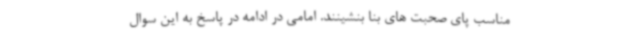
مناسب پای صحبت های بنا بنشینند. امامی در ادامه در پاسخ به این سوال